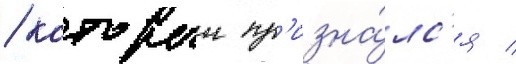
/ которыи пр'изна́лс'я /